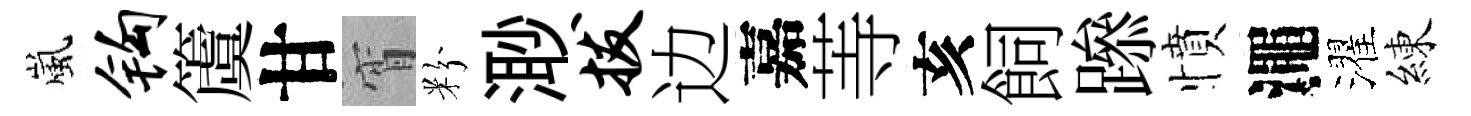
嵐钩𥵂甘宵粉𣺌拔边嘉䓁亥飼𨅶憤澠濯練